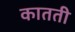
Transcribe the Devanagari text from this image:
कातती